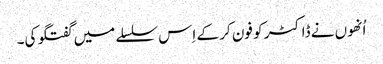
اُنھوں نے ڈاکٹر کو فون کر کے اِس سلسلے میں گفتگو کی۔